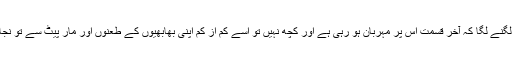
نگہت کو بھی یہی لگنے لگا کہ آخر قسمت اس پر مہربان ہو رہی ہے اور کچھ نہیں تو اسے کم از کم اپنی بھابھیوں کے طعنوں اور مار پیٹ سے تو نجات ملے جائے گی۔